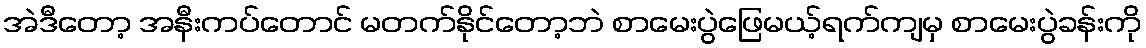
အဲဒီတော့ အနီးကပ်တောင် မတက်နိုင်တော့ဘဲ စာမေးပွဲဖြေမယ့်ရက်ကျမှ စာမေးပွဲခန်းကို